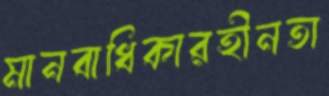
মানবাধিকারহীনতা